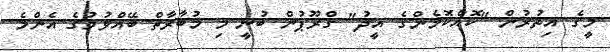
މީގެ އިތުރުން "ކޮއްކޮމެންގެ އީދު" ގްރޫޕުން ބުނީ މި މުބާރާތް ބޭއްވުމުގެ އެންމެ